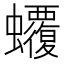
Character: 𧕡